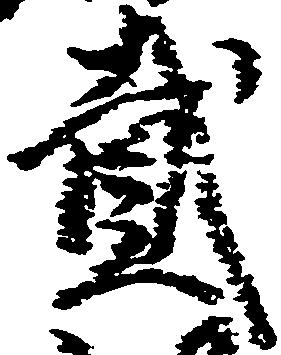
弐